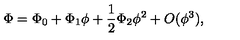
\Phi = \Phi _ { 0 } + \Phi _ { 1 } \phi + \frac 1 2 \Phi _ { 2 } \phi ^ { 2 } + O ( \phi ^ { 3 } ) ,